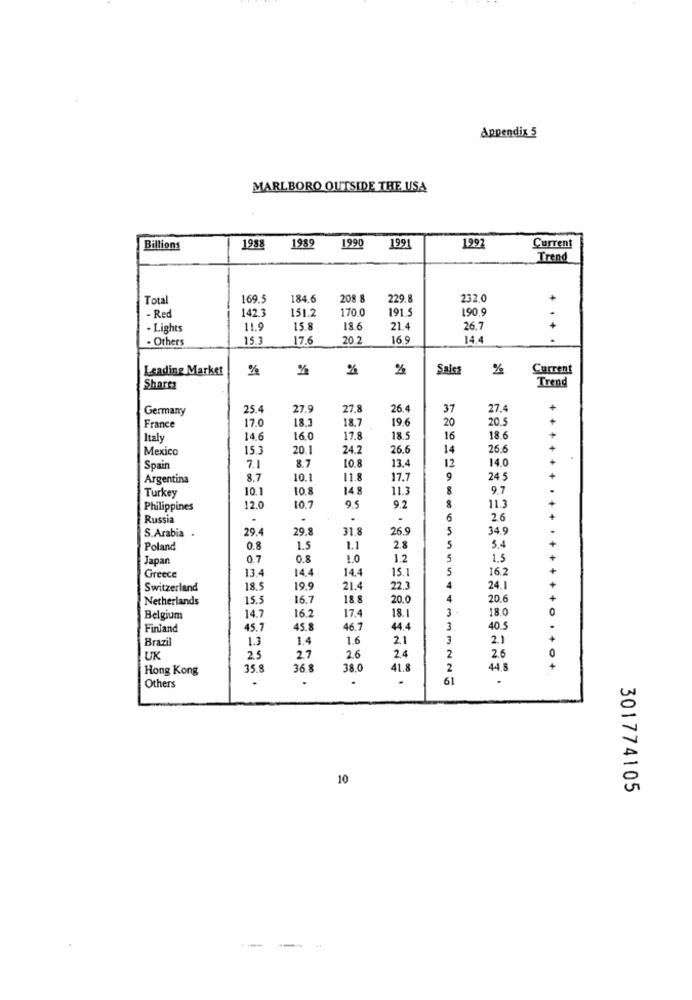
Appendix 5
MARLBORO OUTSIDE THE USA
Billions
1988
1989
1990
1991
1992
Current
Trend
Total
169.5
184.6
208.8
229.8
232.0
142.3
151.2
170.0
191 5
190,9
- Red
. Lights
11.9
15.8
18.6
21.4
26.7
- Others
15.3
17.6
20
16.9
14.4
....
Leading Market
%
%
Sales
%
Current
Trend
Shares
Germany
25.4
27.9
27.8
37
27.4
17.0
18.3
18.7
19.6
20
20.
+ +
France
Italy
14.6
16.0
17.8
18.5
16
18.6
Mexico
15.3
20.1
24.2
26.6
14
26.
10.8
13.
12
14.0
Spain
7.1
8.7
Argentina
8.7
10.
11.8
17.1
9
24.5
Turkey
10.1
10.
148
11.
9.7
Philippines
12.0
9.5
9.2
8
11.3
Russia
6
2.6
S.Arabia .
29.
31.
26.9
34.9
29.4
5.4
Poland
0.8
1.5
1.1
2.8
Japan
0.7
0.8
1.0
1.2
1.5
13.4
14.4
14.4
15.1
5
16.2
Greece
Switzerland
18.5
19.
21.
22.3
24,1
Netherlands
15.5
16.7
18.8
20.0
4
20.6
16.2
18.1
18.0
Belgium
14.7
17.4
O
Finland
45.7
45.8
46.7
44.4
40 5
Brazil
1.3
1.4
1.6
2.1
2.1
26
2
UK
25
27
2.4
2.6
Hong Kong
35.8
36.8
38.0
41.8
44.8
+
Others
.
.
61
10
301774105